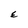
Character: E